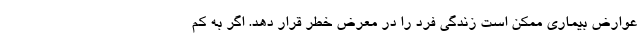
عوارض بیماری ممکن است زندگی فرد را در معرض خطر قرار دهد. اگر به کم